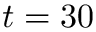
t = 3 0